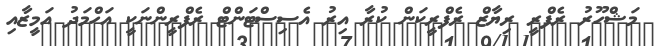
މަޝްހޫރު ރެފްރީ ރިޔާޒް ރެފްރީކަން ކުރާ އިރު އެސިސްޓަންޓް ރެފްރީންނަކީ އަހްމަދު އަމީޒާއި